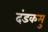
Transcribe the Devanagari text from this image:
दंडकमु